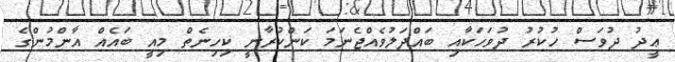
ޢީދު ދުވަސް ހުކުރު ދުވަހަކާއި ބައްދަލުވެއްޖެނަމަ ކަންކުރާނީ ކިހިނެތް މިއީ ބައެއް އާންމުންގެ